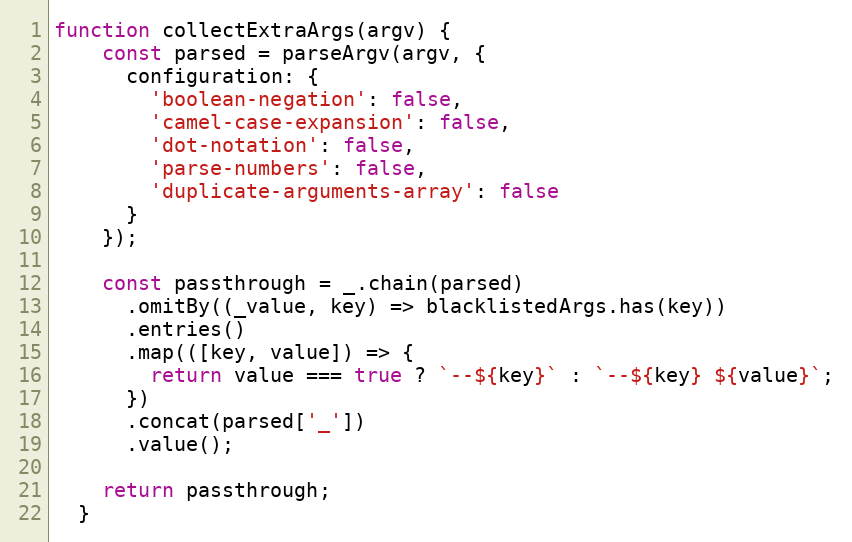
Language: JavaScript
function collectExtraArgs(argv) {
    const parsed = parseArgv(argv, {
      configuration: {
        'boolean-negation': false,
        'camel-case-expansion': false,
        'dot-notation': false,
        'parse-numbers': false,
        'duplicate-arguments-array': false
      }
    });

    const passthrough = _.chain(parsed)
      .omitBy((_value, key) => blacklistedArgs.has(key))
      .entries()
      .map(([key, value]) => {
        return value === true ? `--${key}` : `--${key} ${value}`;
      })
      .concat(parsed['_'])
      .value();

    return passthrough;
  }